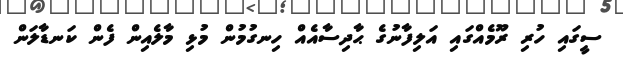
ސީގައި ހުރި ރޫމެއްގައި އަލިފާނުގެ ޙާދިސާއެއް ހިނގުމުން މުޅި މާލެއިން ފެން ކަނޑާލަން